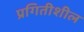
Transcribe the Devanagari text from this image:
प्रगितीशील